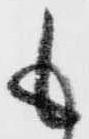
も